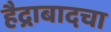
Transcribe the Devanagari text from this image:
हैद्राबादचा